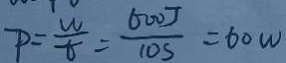
P = \frac { w } { t } = \frac { 6 0 0 J } { 1 0 s } = 6 0 w